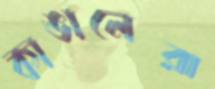
কাঙালেরা